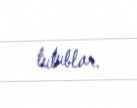
tutublar.